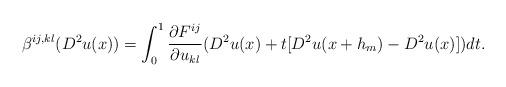
LaTeX: \begin{align*} \beta^{ij,kl}(D^2u(x))=\int_{0}^{1}\frac{\partial F^{ij}}{\partial u_{kl}}(D^2u(x)+t[D^2u(x+h_m)-D^2u(x)])dt. \end{align*}